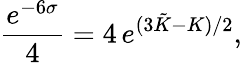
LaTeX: \frac{e^{-6\sigma}}{4}=4\, e^{(3\tilde{K}-K)/2},